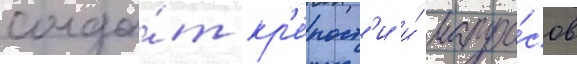
солда́т кр'е́пост'и и́ матро́сов